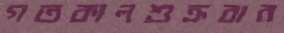
গতকালশুক্রবার